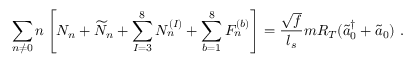
\sum _ { n \neq 0 } n \left[ N _ { n } + \widetilde { N } _ { n } + \sum _ { I = 3 } ^ { 8 } N _ { n } ^ { ( I ) } + \sum _ { b = 1 } ^ { 8 } F _ { n } ^ { ( b ) } \right] = \frac { \sqrt { f } } { l _ { s } } m R _ { T } ( \tilde { a } _ { 0 } ^ { \dagger } + \tilde { a } _ { 0 } ) ~ .